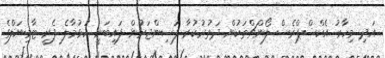
އަދި މިހާރު އެކްސްޕްރެސް ލޯންޗްތަކުން ދަތުރުކުރާ ފަސިންޖަރުން ފައިބަނީ ހުޅުމާލެ ފެރީ ޓާމިނަލްގެ